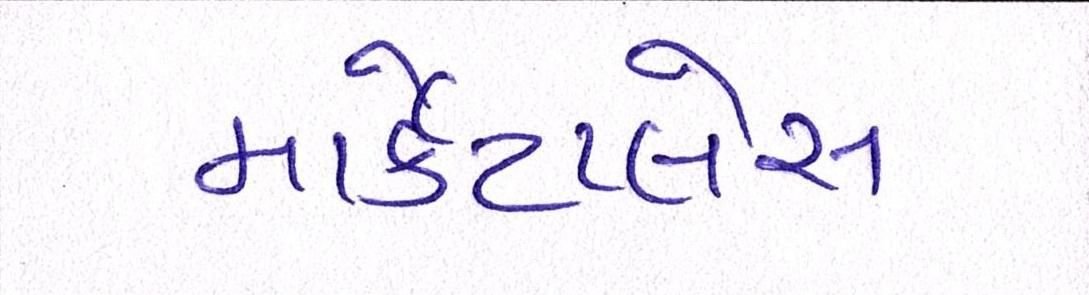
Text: માર્કેટપ્લેસ